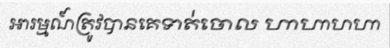
អារម្មណ៍ត្រូវបានគេទាត់ចោល ហាហាហហា